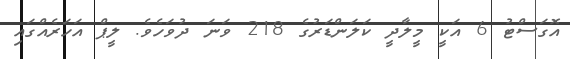
އޮގަސްޓު 6 އަކީ މީލާދީ ކަލަންޑަރުގެ 218 ވަނަ ދުވަހެވެ. ލީޕް އަހަރެއްގައި